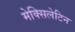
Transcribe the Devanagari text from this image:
मेक्सिलेटिन